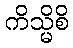
ကိသ္မိစိ